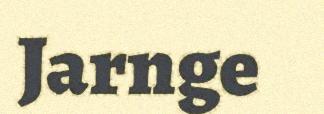
Jarnge